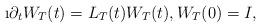
LaTeX: \begin{align*}\i\partial_t W_T(t)=L_T(t)W_T(t), W_T(0)=I,\end{align*}